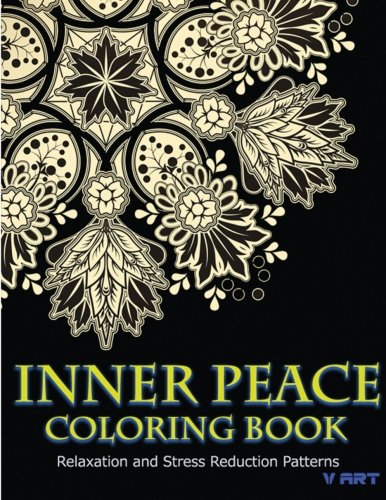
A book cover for Inner Peace Coloring Book: Coloring Books for Adults Relaxation : Relaxation & Stress Reduction Patterns (Volume 40); Coloring Books for Adults; Arts & Photography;